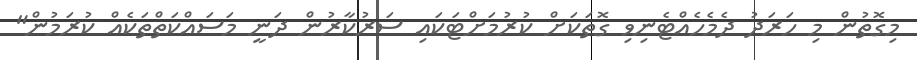
މިގޮތުން މި ހަރަދު ދެމެހެއްޓެނިވި ގޮތަކަށް ކުރުމަށްޓަކައި ސަރުކާރުން ދަނީ މަސައްކަތްތަކެއް ކުރަމުން"